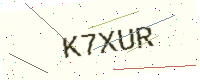
Text: K7XUR